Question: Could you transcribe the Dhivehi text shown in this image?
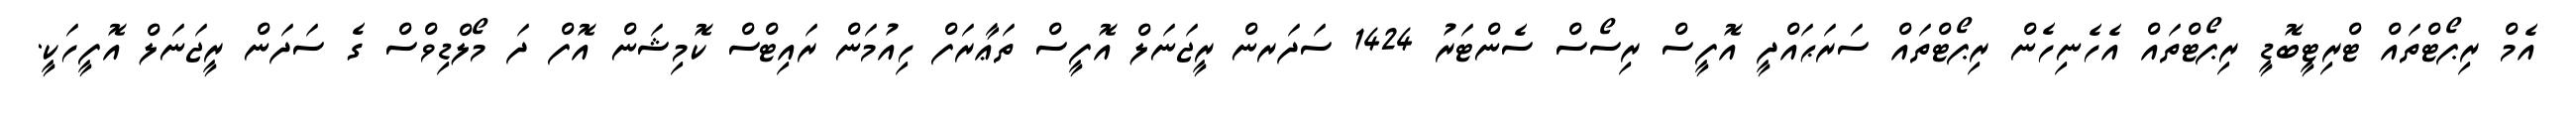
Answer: އެމް ރިޕޯޓްތައް ޓްރިޓީބޮޑީ ރިޕޯޓްތައް އެހެނިހެން ރިޕޯޓްތައް ސަރަޙައްދީ އޮފީސް ރިސޯސް ސެންޓަރު 1424 ސަދަރން ރީޖަނަލް އޮފީސް ތަޢާރަފް ހިއުމަން ރައިޓްސް ކޮމިޝަން އޮފް ދަ މޯލްޑިވްސް ގެ ސަދަން ރީޖަނަލް އޮފީހަކީ.